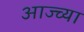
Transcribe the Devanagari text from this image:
आज्च्या